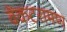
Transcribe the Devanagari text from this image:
वेंकटरामण